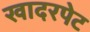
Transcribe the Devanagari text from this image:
खादरपेट